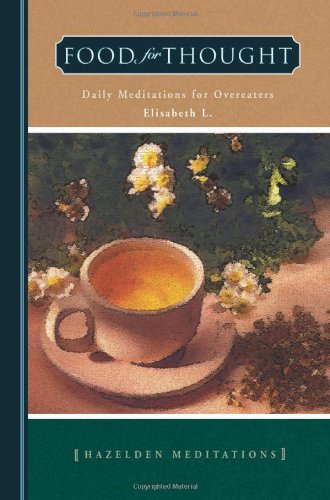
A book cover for Food for Thought: Daily Meditations for Overeaters; Elisabeth L.; Self-Help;